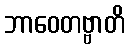
ဘာဝေတဗ္ဗာတိ